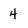
Character: 4